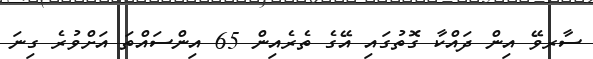
ސާރވޭ އިން ދައްކާ ގޮތުގައި އޭގެ ތެރެއިން 65 އިންސައްތަ އަށްވުރެ ގިނަ